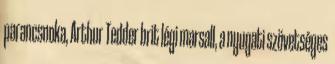
parancsnoka, Arthur Tedder brit légi marsall, a nyugati szövetséges